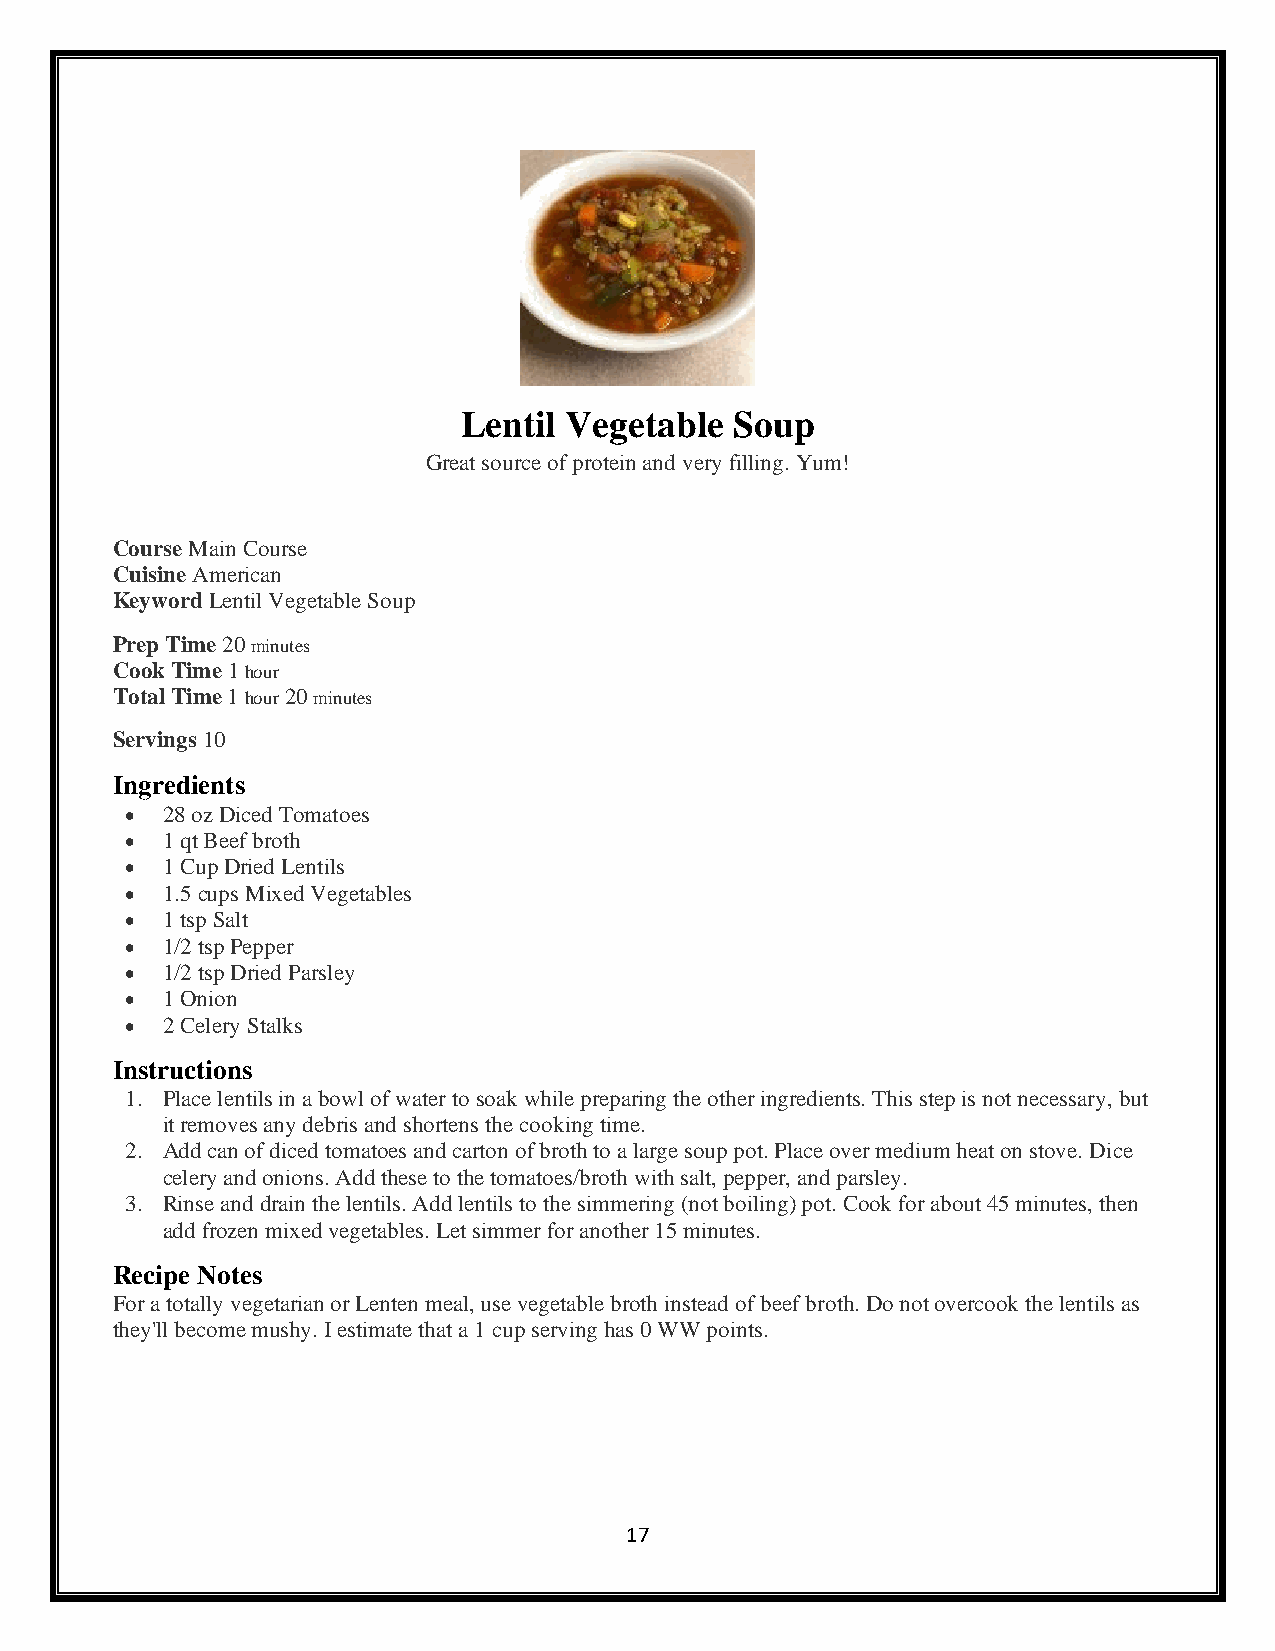
Lentil Vegetable   Soup
 Great source of protein and very filling. Yum!
 Course Main Course
 Cuisine American
 Keyword Lentil Vegetable Soup
 Prep Time 20 minutes
 Cook Time 1 hour
 Total Time 1 hour 20 minutes
 Servings 10
 Ingredients
 •  28 oz Diced Tomatoes
 •  1 qt Beef broth
 •  1 Cup Dried Lentils
 •  1.5 cups Mixed Vegetables
 •  1 tsp Salt
 •  1/2 tsp Pepper
 •  1/2 tsp Dried Parsley
 •  1 Onion
 •  2 Celery Stalks
 Instructions
 1. Place lentils in a bowl of water to soak while preparing the other ingredients. This step is not necessary, but
 it removes any debris and shortens the cooking time.
 2. Add can of diced tomatoes and carton of broth to a large soup pot. Place over medium heat on stove. Dice
 celery and onions. Add these to the tomatoes/broth with salt, pepper, and parsley.
 3. Rinse and drain the lentils. Add lentils to the simmering (not boiling) pot. Cook for about 45 minutes, then
 add frozen mixed vegetables. Let simmer for another 15 minutes.
 Recipe Notes
 For a totally vegetarian or Lenten meal, use vegetable broth instead of beef broth. Do not overcook the lentils as
 they'll become mushy. I estimate that a 1 cup serving has 0 WW points.
 17